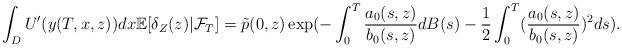
LaTeX: \begin{align*}\int_DU'(y(T,x,z))dx\mathbb{E}[\delta_Z(z)|\mathcal{F}_T]=\tilde{p}(0,z) \exp(-\int_0^T \frac{a_0(s,z)}{b_0(s,z)}dB(s) - \frac{1}{2} \int_0^T (\frac{a_0(s,z)}{b_0(s,z)})^{2}ds).\end{align*}